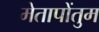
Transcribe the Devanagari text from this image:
मेतापोंतुम